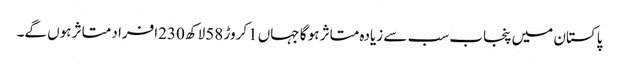
پاکستان میں پنجاب سب سے زیادہ متاثر ہو گا جہاں 1کروڑ 58لاکھ 230افراد متاثر ہوں گے۔